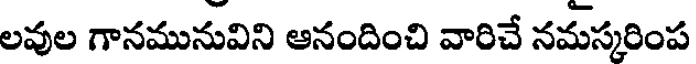
లవుల గానమునువిని ఆనందించి వారిచే నమస్కరింప